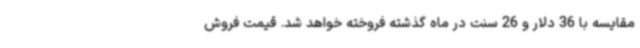
مقایسه با 36 دلار و 26 سنت در ماه گذشته فروخته خواهد شد. قیمت فروش